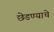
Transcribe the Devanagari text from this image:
छेडण्याचे